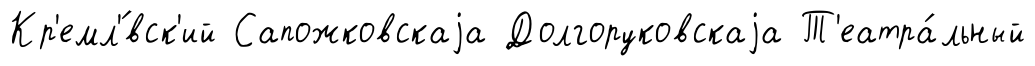
Кр'емл'́вск'ий Сапожковскаjа Долгоруковскаjа Т'еатра́льный